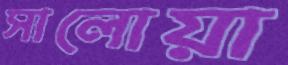
সালোয়া